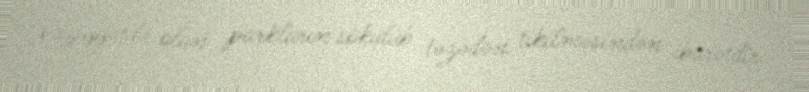
vəziyyətdə olan parkların sökülüb təzədən tikilməsindən ibarətdir.